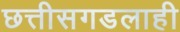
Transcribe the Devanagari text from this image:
छत्तीसगडलाही